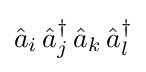
{\hat {a}}_{i}\,{\hat {a}}_{j}^{\dagger }\,{\hat {a}}_{k}\,{\hat {a}}_{l}^{\dagger }